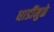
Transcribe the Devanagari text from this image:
धाडींमुळे